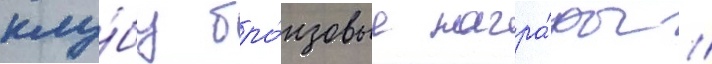
клу́бу бро́нзовые награ́ды //